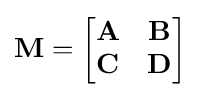
\mathbf {M} ={\begin{bmatrix}\mathbf {A} &\mathbf {B} \\\mathbf {C} &\mathbf {D} \end{bmatrix}}